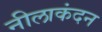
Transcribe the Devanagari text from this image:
नीलाकंदन